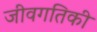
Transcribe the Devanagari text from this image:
जीवगतिकी